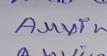
Signature authenticity: genuine